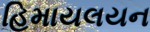
હિમાયલયન